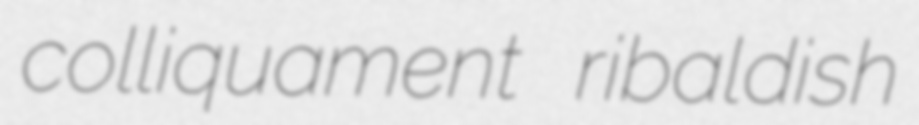
colliquament ribaldish